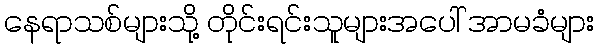
နေရာသစ်များသို့ တိုင်းရင်းသူများအပေါ် အာမခံများ